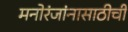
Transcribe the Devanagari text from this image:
मनोरंजांनासाठीची